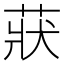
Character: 𦲚